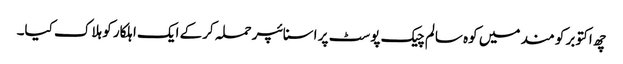
چھ اکتوبر کو مند میں کوہ سالم چیک پوسٹ پر اسنائپر حملہ کرکے ایک اہلکار کو ہلاک کیا۔